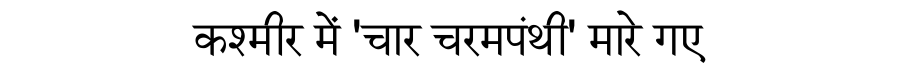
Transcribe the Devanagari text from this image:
कश्मीर में 'चार चरमपंथी' मारे गए